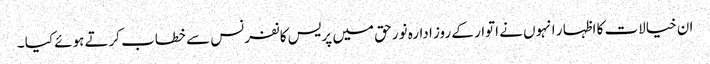
ان خیالات کا اظہا ر انہوں نے اتوار کے روز ادارہ نور حق میں پریس کانفرنس سے خطاب کرتے ہوئے کیا ۔